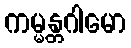
ကမ္မန္တဂါမော